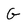
Character: G